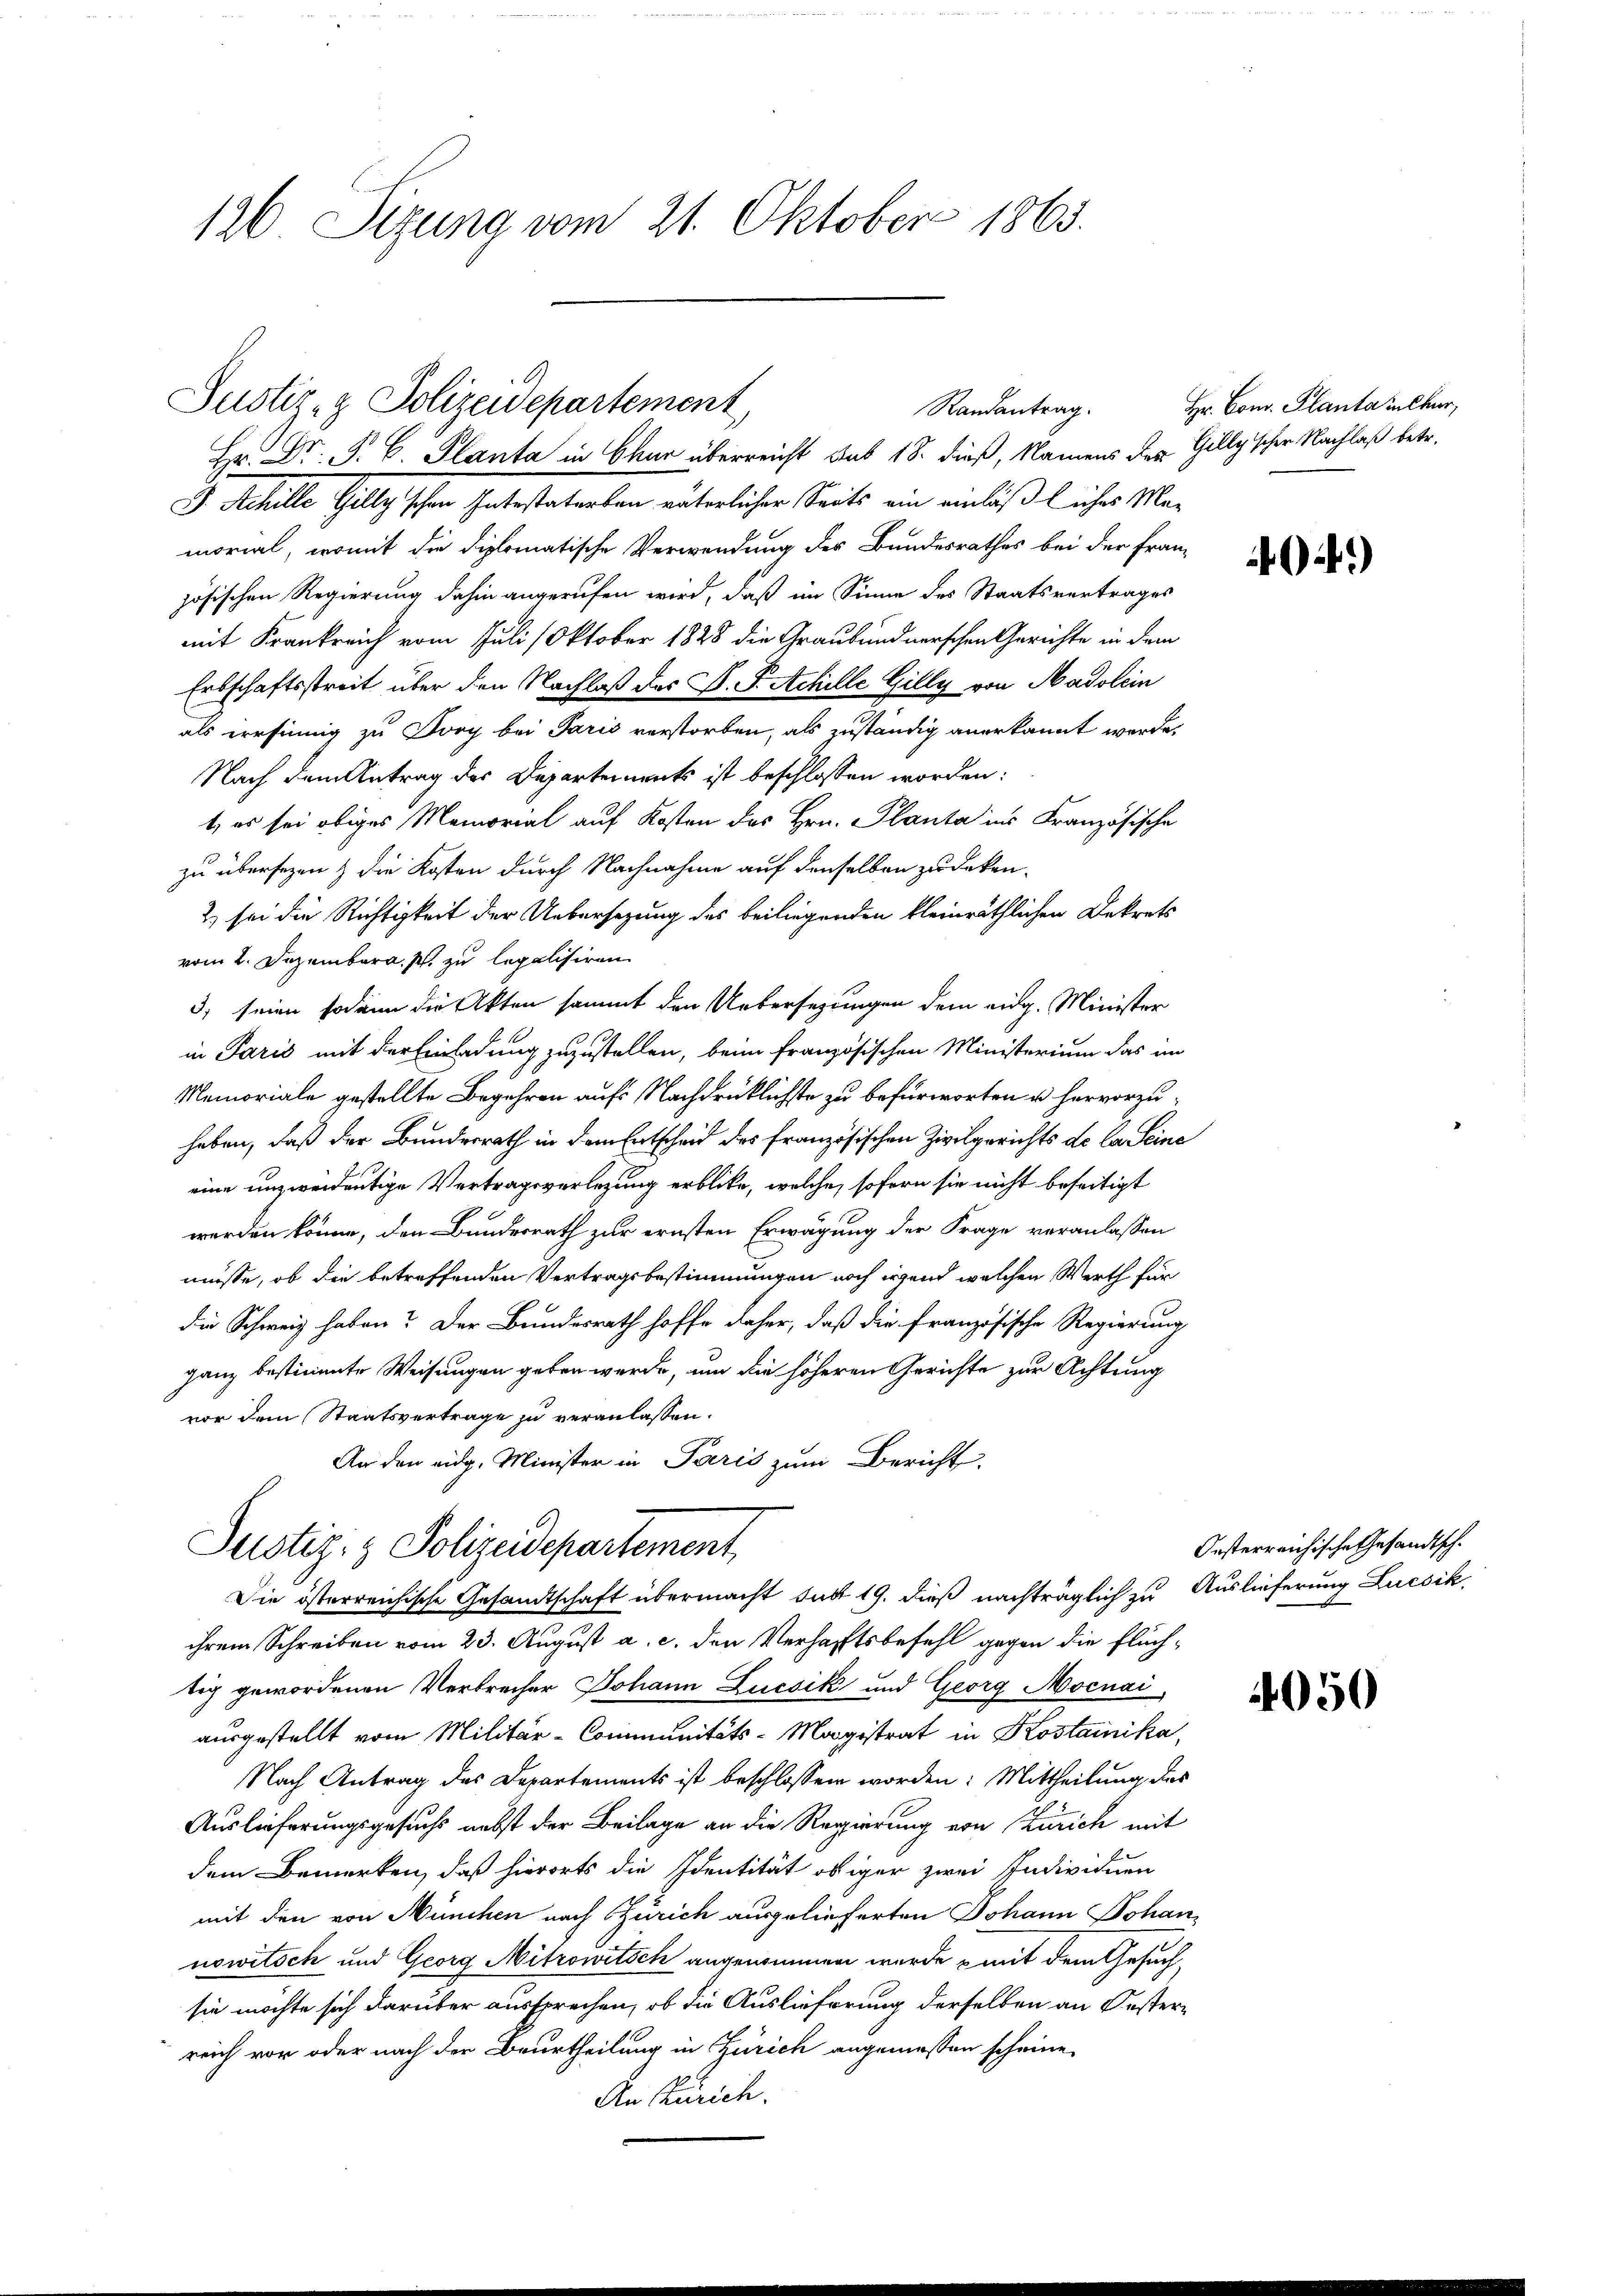
126 Sizung vom 21. Oktober 1865.

Justiz- & Polizeidepartement,
Hr. Dr. P. C. Planta in Chur überreicht sub 18. dieß, Namens des Gillgischer Nachlaß betr.

G. Schille Gillig schen Intestatorten unterlicher Seits ein einläßlicher Ma-
morial, womit die diplomatische Verwendung der Bundesrathes bei der Französischen Regierung dahin angerufen wird, daß im Sinne des Staatsvertrages
mit Krankreich vom Juli 1 Oktober 1828 die Graubündnerschen Gerichte in dem
Erbschaftsstreit über den Nachlaß des P. F. Achille Gilly von Madolein
als irrsinnig zu Dory bei Paris verstorben, als zuständig anerkannt werde,
Nach dem Antrag des Departements ist beschlossen worden:
t, es sei obiges Memorial auf Kosten des Hrn. Planta ins Französische
zu übersezen & die Kosten durch Nachnahme auf denselben zu deken-
2) sei die Richtigkeit der Uebersezung des beiliegenden kleinräthlichen Dekrets
vom 2. Dezemberg. p. zu legalisiren
3) seien sodann die Akten sammt den Uebersezungen dem eidg. Minister
in Paris mit der Einladung zuzustellen, beim französischen Ministerium das im
Memoriale gestellte Begehren aufs Nachdrücklichste zu befürworten u. hervorzuhaben, daß der Bundesrath in dem Entscheid des französischen Zivilgerichts de la Seine
eine unzweideutige Vertragsverlegung erblicke, welche, sofern sie nicht beseitigt
werden könne, den Bundesrath zur ernsten Erwägung der Frage veranlassen
müsse, ob die betreffenden Vertragsbestimmungen noch irgen welchen Werth für
die Schweiz haben? Der Bundesrath hoffe daher, daß die französische Regierung
ganz bestimmte Weisungen geben werde, um die höheren Gerichte zur Achtung
vor dem Staatsvertrage zu veranlassen.
An den eidg. Minister in Paris zum Bericht,
Justiz- & Polizeidepartement,
Die österreichische Gesandtschaft übermacht satt 19. dieß nachträglich zu Auslieferung Lucsik,
ihrem Schreiben vom 23. August a. c. den Verhaftsbefehl gegen die Flüch-
tig gewordenen Verbrecher Johann Lucsik und Georg Mocnai
ausgestellt vom Militär-Communitäts-Magistrat in Kostainika,
Nach Antrag des Departements ist beschlossen worden: Mittheilung des
Auslieferungsgesuchs nebst der Beilage an die Regierung von Zürich mit
dem Bemerken, daß hierorts die Identität obiger zwei Individuen
mit den von München nach Zürich ausgelieferten Johann Johannowitsch und Georg Mitrowitsch angenommen wurde mit dem Gesuchsie möchte sich darüber aussprechen, ob die Auslieferung derselben an Oesterreich vor oder nach der Beurtheilung in Zürich angemessen scheine,
An Zürich.

Randantrag. Hr. Com. Planta selber,

1)

Oesterreichische Gesandtsch.

4050